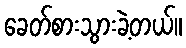
ခေတ်စားသွားခဲ့တယ်။